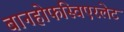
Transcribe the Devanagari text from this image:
बानहोफस्विएरलेट